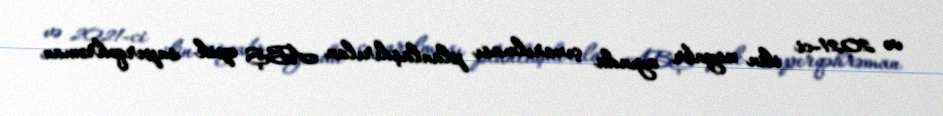
və 2021-ci ilin noyabr ayında çıxarılması planlaşdırılan ABŞ epik superqəhrəman